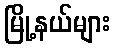
မြို့နယ်များ